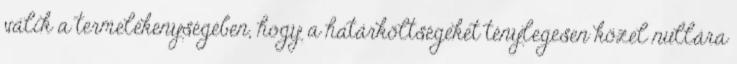
válik a termelékenységében, hogy a határköltségeket ténylegesen közel nullára